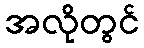
အလိုတွင်